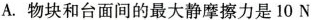
A.物块和台面间的最大静摩擦力是10N